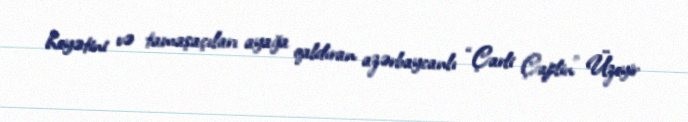
heyətini və tamaşaçıları ayağa qaldıran azərbaycanlı “Çarli Çaplin” Üzeyir